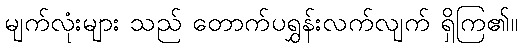
မျက်လုံးများ သည် တောက်ပရွှန်းလက်လျက် ရှိကြ၏။